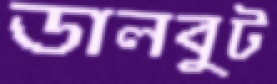
ডালবুট